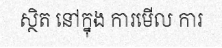
ស្ថិត នៅក្នុង ការមើល ការ